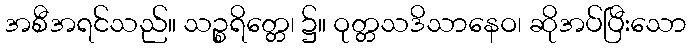
အစီအရင်သည်။ သဉ္စရိတ္တေ၊ ၌။ ဝုတ္တသဒိသာနေဝ၊ ဆိုအပ်ပြီးသော